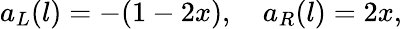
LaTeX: a_{L}(l)=-(1-2x),\quad a_{R}(l)=2x,